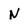
Character: N